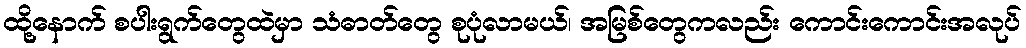
ထို့နောက် စပါးရွက်တွေထဲမှာ သံဓာတ်တွေ စုပုံလာမယ်၊ အမြစ်တွေကလည်း ကောင်းကောင်းအလုပ်